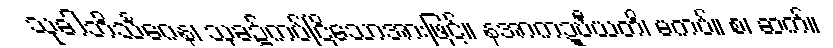
သုခါဘိသင်္ဂေန၊ သုခ၌ကပ်ငြိသောအားဖြင့်။ နအာကဍ္ဎီယတိ၊ မကပ်။ စ၊ ဆက်။